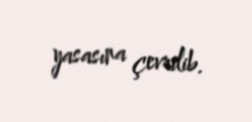
yasasına çevrilib.